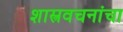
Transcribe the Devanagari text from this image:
शास्त्रवचनांचा